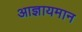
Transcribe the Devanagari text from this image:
आज्ञायमान